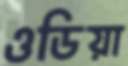
ওডিয়া